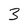
Character: 3